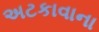
અટકાવાના